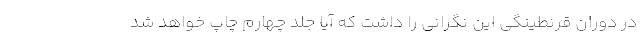
در دوران قرنطینگی این نگرانی را داشت که آیا جلد چهارم چاپ خواهد شد